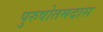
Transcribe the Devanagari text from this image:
पुरुषोतमदास